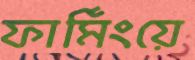
ফার্মিংয়ে